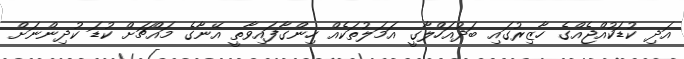
އަދި ކުޑަކުއްޖެއްގެ ހާޒިރުގައި ބަދުއަހްލާގީ އަމަލުތަކެއް ހިންގާފައިވާތީ އޭނާގެ މައްޗަށް ކުޑަ ކުދިންނަށް